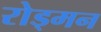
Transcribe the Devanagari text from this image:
रोड्मन